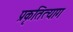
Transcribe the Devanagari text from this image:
प्रकृतित्याग